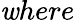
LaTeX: \mathit{w}here